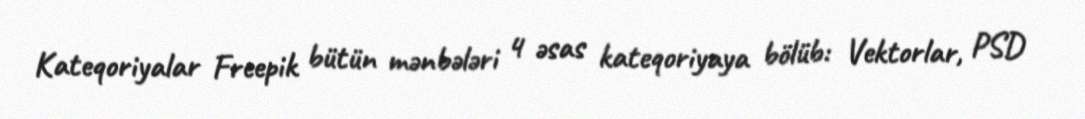
Kateqoriyalar Freepik bütün mənbələri 4 əsas kateqoriyaya bölüb: Vektorlar, PSD